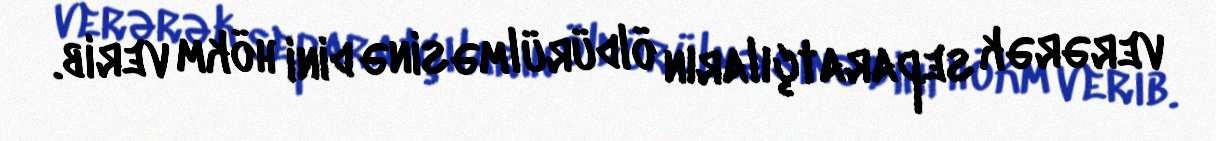
verərək separatçıların öldürülməsinə dini hökm verib.